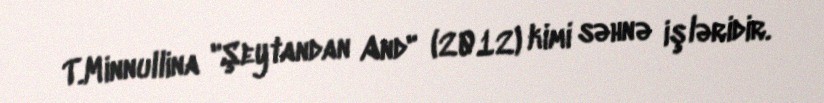
T.Minnullina "Şeytandan And" (2012) kimi səhnə işləridir.